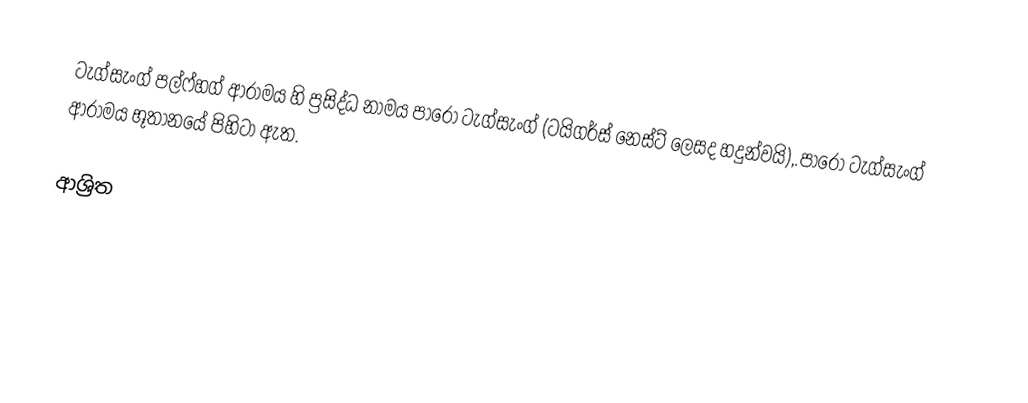
ටැග්සැංග් පල්ෆ්හග් ආරාමය හි ප්‍රසිද්ධ නාමය පාරෝ ටැග්සැංග් (ටයිගර්ස් නෙස්ට් ලෙසද හදුන්වයි),.පාරෝ ටැග්සැංග් ආරාමය භූතානයේ පිහිටා ඇත.

ආශ්‍රිත